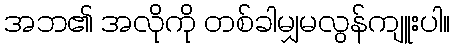
အဘ၏ အလိုကို တစ်ခါမျှမလွန်ကျူးပါ။